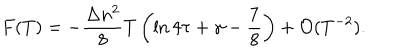
F ( T ) = - \frac { \Delta n ^ { 2 } } { 8 } T \left( \ln 4 \tau + \gamma - \frac { 7 } { 8 } \right) + { \cal O } ( T ^ { - 2 } ) .